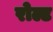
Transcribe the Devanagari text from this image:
रोल्ट